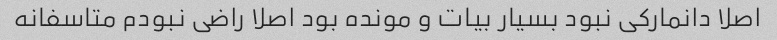
اصلا دانمارکی نبود بسیار بیات و مونده بود اصلا راضی نبودم متاسفانه